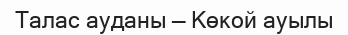
Талас ауданы — Көкой ауылы